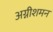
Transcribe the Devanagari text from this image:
अग्नीशमन